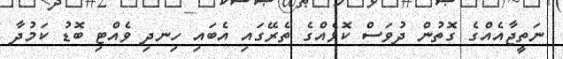
ނަތީޖާއެއްގެ ގޮތުން ދުވަސް ކޮޅެއްގެ ތެރޭގައި އެބައި ހިނދި ވެއްޓި ބޮޑު ކަމުދާ